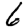
Digit: 6